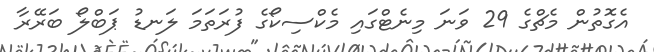
އެގޮތުން މެޗްގެ 29 ވަނަ މިނެޓްގައި މެކްސިކޯގެ ފުރަތަމަ ލަނޑު ޕަބްލޯ ބަރޭރާ